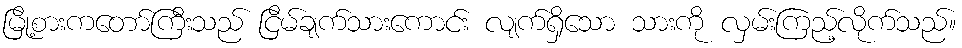
မြို့စားကတော်ကြီးသည် ငြိမ်ချက်သားကောင်း လျက်ရှိသော သားကို လှမ်းကြည့်လိုက်သည်။